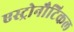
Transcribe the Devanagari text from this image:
एस्ट्रोनौटिकल